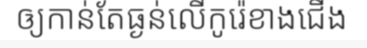
ឲ្យកាន់តែធ្ងន់លើកូរ៉េខាងជើង